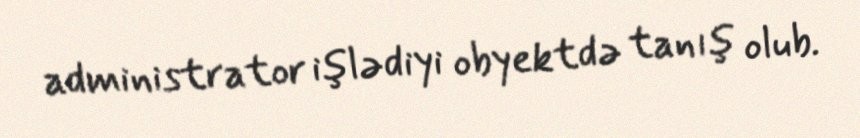
administrator işlədiyi obyektdə tanış olub.